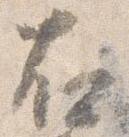
右